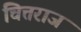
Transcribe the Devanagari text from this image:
चित्तराज